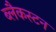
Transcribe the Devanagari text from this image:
ब्लैकस्टन